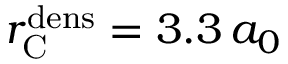
r _ { \mathrm { C } } ^ { \mathrm { d e n s } } = 3 . 3 \, a _ { 0 }